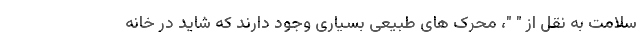
سلامت به نقل از " "، محرک های طبیعی بسیاری وجود دارند که شاید در خانه